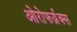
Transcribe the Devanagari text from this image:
ओरोफर्य्नक्स